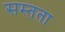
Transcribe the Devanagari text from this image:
सम्तता